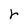
Character: r